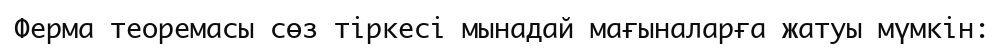
Ферма теоремасы сөз тіркесі мынадай мағыналарға жатуы мүмкін: